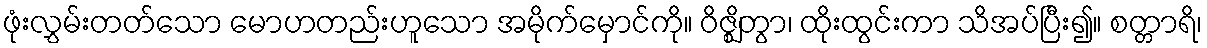
ဖုံးလွှမ်းတတ်သော မောဟတည်းဟူသော အမိုက်မှောင်ကို။ ဝိဇ္ဈိတွာ၊ ထိုးထွင်းကာ သိအပ်ပြီး၍။ စတ္တာရိ၊